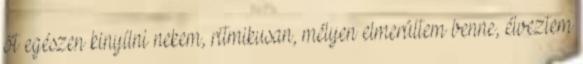
őt egészen kinyílni nekem, ritmikusan, mélyen elmerültem benne, élveztem